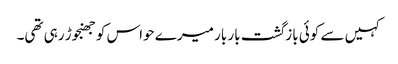
کہیں سے کوئی بازگشت بار بار میرے حواس کو جھنجوڑ رہی تھی۔